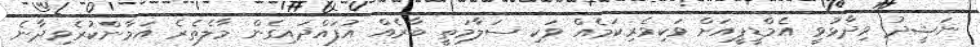
ނަޝީދު ވިދާޅުވީ އެމްޑީޕީއަށް ވަކިވެރިކަމެއް ވަކި ސަލާމަތީ ބާރެއް އުފައްދައިގެން މާލެތެރެ އަމާންކުރެވިދާނެ